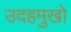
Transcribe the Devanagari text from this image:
उदहमुखो